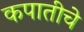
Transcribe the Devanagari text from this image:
कपातीचे